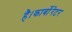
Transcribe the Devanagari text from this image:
है।कार्बोरेटर